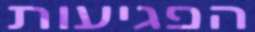
הפגיעות